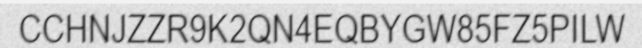
CCHNJZZR9K2QN4EQBYGW85FZ5PILW